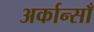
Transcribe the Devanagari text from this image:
अर्कान्साँ